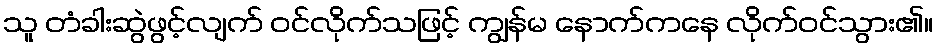
သူ တံခါးဆွဲဖွင့်လျက် ဝင်လိုက်သဖြင့် ကျွန်မ နောက်ကနေ လိုက်ဝင်သွား၏။